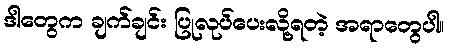
ဒါတွေက ချက်ချင်း ပြုလုပ်ပေးလို့ရတဲ့ အရာတွေပါ။